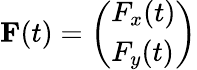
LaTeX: \mathbf{{F}}(t)=\left(\begin{array}{l}{F_{x}(t)}\\ {F_{y}(t)}\end{array}\right)